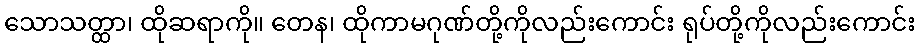
သောသတ္ထာ၊ ထိုဆရာကို။ တေန၊ ထိုကာမဂုဏ်တို့ကိုလည်းကောင်း ရုပ်တို့ကိုလည်းကောင်း